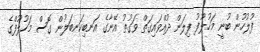
ފުލުހުން ބުނީ މަހުލޫފު ފިލަން ދުއްވައިގަތް ވަގުތު އޭނާގެ އަނބިކަނބަލުން ގޮސް މަހުލޫފްގެ